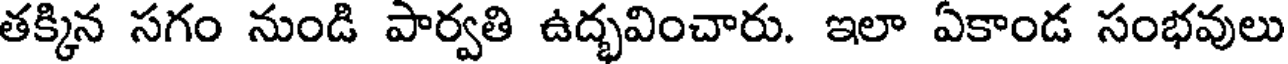
తక్కిన సగం నుండి పార్వతి ఉద్భవించారు. ఇలా ఏకాండ సంభవులు